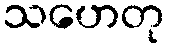
သဟေတု